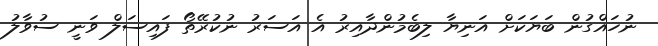
ނުހައްގުން ބަޔަކަށް އަނިޔާ ލިބެމުންދާއިރު އެ އަސަރު ނުކުރޭތޯ ފައިސަލް ވަނީ ސުވާލު